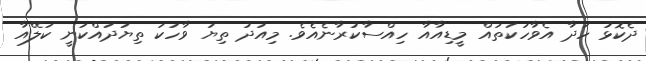
ދެކޮޅު ހަދާ އެވާހަކަތައް މީޑިއާއާ ހިއްސާކުރާނެއެވެ. މިއަދު ތިޔަ ވާހަކަ ތިޔަދައްކަނީ ކަލޭއާ